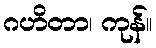
ဂဟိတာ၊ ကုန်။